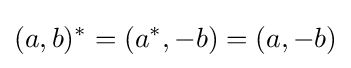
(a,b)^{*}=(a^{*},-b)=(a,-b)